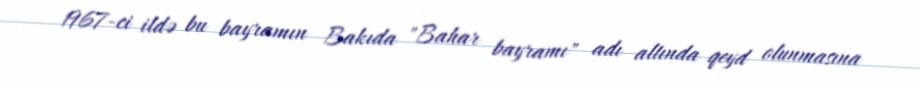
1967-ci ildə bu bayramın Bakıda "Bahar bayramı" adı altında qeyd olunmasına